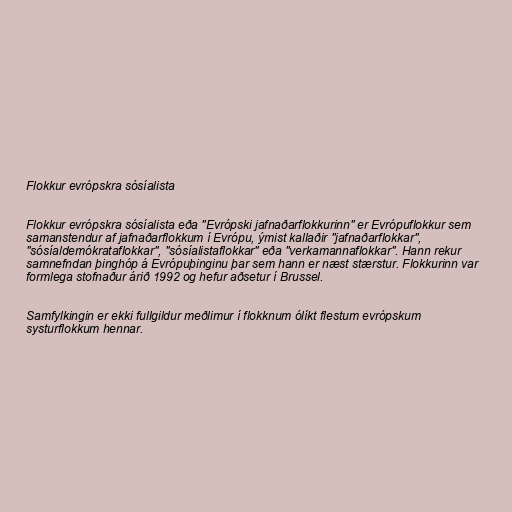
Flokkur evrópskra sósíalista

Flokkur evrópskra sósíalista eða "Evrópski jafnaðarflokkurinn" er Evrópuflokkur sem
samanstendur af jafnaðarflokkum í Evrópu, ýmist kallaðir "jafnaðarflokkar",
"sósíaldemókrataflokkar", "sósíalistaflokkar" eða "verkamannaflokkar". Hann rekur
samnefndan þinghóp á Evrópuþinginu þar sem hann er næst stærstur. Flokkurinn var
formlega stofnaður árið 1992 og hefur aðsetur í Brussel.

Samfylkingin er ekki fullgildur meðlimur í flokknum ólíkt flestum evrópskum
systurflokkum hennar.